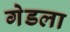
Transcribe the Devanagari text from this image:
गेडला